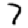
Digit: 7